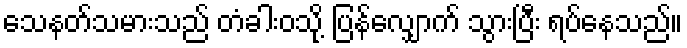
သေနတ်သမားသည် တံခါးဝသို့ ပြန်လျှောက် သွားပြီး ရပ်နေသည်။